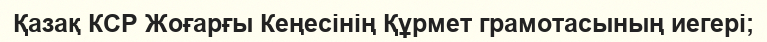
Қазақ КСР Жоғарғы Кеңесінің Құрмет грамотасының иегері;